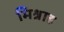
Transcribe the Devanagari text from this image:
मिश्नाह